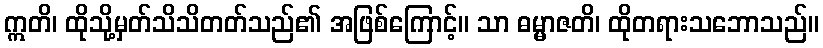
ဣတိ၊ ထိုသို့မှတ်သိသိတတ်သည်၏ အဖြစ်ကြောင့်။ သာ ဓမ္မာဇတိ၊ ထိုတရားသဘောသည်။